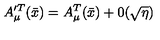
A _ { \mu } ^ { \prime T } ( \bar { x } ) = A _ { \mu } ^ { T } ( \bar { x } ) + 0 ( \sqrt { \eta } )